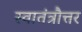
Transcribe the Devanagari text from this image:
स्वातंत्रौत्तर